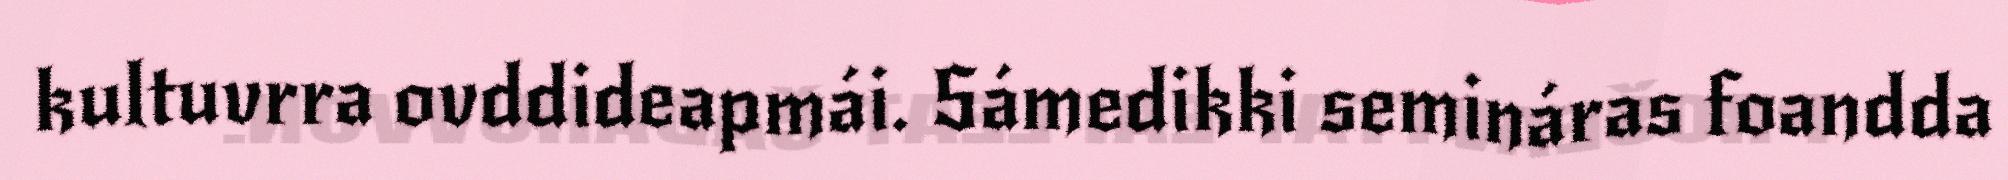
kultuvrra ovddideapmái. Sámedikki semináras foandda